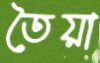
তৈয়া